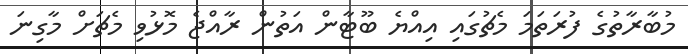
މުބާރާތުގެ ފުރަަތަމަ މެޗުގައި އިއްޔެ ބޫޓާން އަތުން ރާއްޖެ މޮޅުވި މެޗަށް މާގިނަ